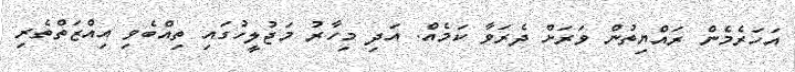
އަހަރެމެން ރައްޔިތުން ވަރަށް ދެރަވާ ކަމެއް. އަދި މިހާރު މަޖުލީހުގައި ތިއްބެވި އިއްޒަތްތެރި